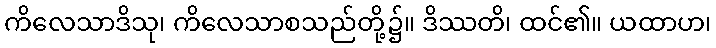
ကိလေသာဒိသု၊ ကိလေသာစသည်တို့၌။ ဒိဿတိ၊ ထင်၏။ ယထာဟ၊